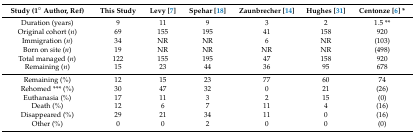
<table><thead><tr><td><b>Study (1° Author, Ref)</b></td><td><b>This Study</b></td><td><b>Levy [7]</b></td><td><b>Spehar [18]</b></td><td><b>Zaunbrecher [14]</b></td><td><b>Hughes [31]</b></td><td><b>Centonze [6] *</b></td></tr></thead><tbody><tr><td>Duration (years)</td><td>9</td><td>11</td><td>9</td><td>3</td><td>2</td><td>1.5 **</td></tr><tr><td>Original cohort (<i>n</i>)</td><td>69</td><td>155</td><td>195</td><td>41</td><td>158</td><td>920</td></tr><tr><td>Immigration (<i>n</i>)</td><td>34</td><td>NR</td><td>NR</td><td>6</td><td>NR</td><td>(103)</td></tr><tr><td>Born on site (<i>n</i>)</td><td>19</td><td>NR</td><td>NR</td><td>NR</td><td>NR</td><td>(498)</td></tr><tr><td>Total managed (<i>n</i>)</td><td>122</td><td>155</td><td>195</td><td>47</td><td>158</td><td>920</td></tr><tr><td>Remaining (<i>n</i>)</td><td>15</td><td>23</td><td>44</td><td>36</td><td>95</td><td>678</td></tr><tr><td>Remaining (%)</td><td>12</td><td>15</td><td>23</td><td>77</td><td>60</td><td>74</td></tr><tr><td>Rehomed *** (%)</td><td>30</td><td>47</td><td>32</td><td>0</td><td>21</td><td>(26)</td></tr><tr><td>Euthanasia (%)</td><td>17</td><td>11</td><td>3</td><td>2</td><td>15</td><td>(0)</td></tr><tr><td>Death (%)</td><td>12</td><td>6</td><td>7</td><td>11</td><td>4</td><td>(16)</td></tr><tr><td>Disappeared (%)</td><td>29</td><td>21</td><td>34</td><td>11</td><td>0</td><td>(16)</td></tr><tr><td>Other (%)</td><td>0</td><td>0</td><td>2</td><td>0</td><td>0</td><td>(0)</td></tr></tbody></table>